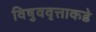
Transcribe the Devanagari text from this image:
विषुववृत्ताकडे